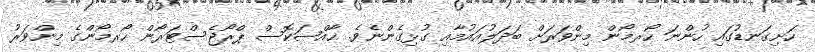
ހަށިގަނޑުގައި ހުންނަ ހޯރމޯން މިންވަރަށް ބަދަލުއައުމާއި ގުޅިގެންނެވެ. ޚާއްޞަކޮސް ޕްރޯޖެސްޓަރޯން ހޯރމޯންގެ މިންވަރު